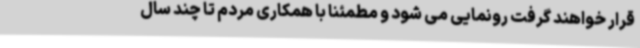
قرار خواهند گرفت رونمایی می شود و مطمئنا با همکاری مردم تا چند سال